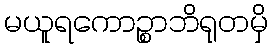
မယူရကောဉ္စာဘိရုတမှိ